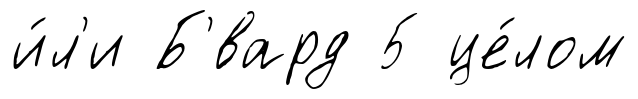
и́л'и Б'́вард 5 це́лом